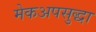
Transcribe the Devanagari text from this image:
मेकअपसुद्धा